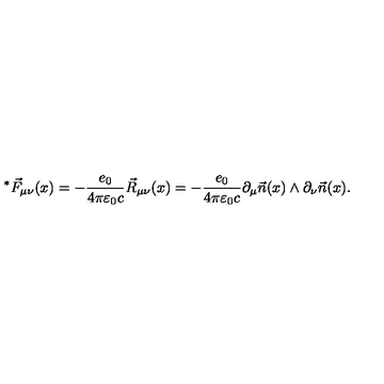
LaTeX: ^ * \vec { F } _ { \mu \nu } ( x ) = - \frac { e _ { 0 } } { 4 \pi \varepsilon _ { 0 } c } \vec { R } _ { \mu \nu } ( x ) = - \frac { e _ { 0 } } { 4 \pi \varepsilon _ { 0 } c } \partial _ { \mu } \vec { n } ( x ) \wedge \partial _ { \nu } \vec { n } ( x ) .